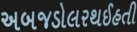
અબજડોલરથઈહતી